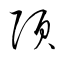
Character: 頂